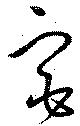
宮